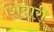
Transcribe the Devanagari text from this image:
शिवारी